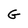
Character: G